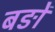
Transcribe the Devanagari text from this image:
बङों